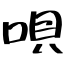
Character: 唄